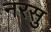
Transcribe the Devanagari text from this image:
नरसु